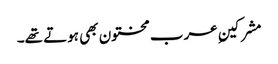
مشرکینِ عرب مختون بھی ہوتے تھے۔